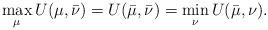
LaTeX: \begin{align*}\max_{\mu} U(\mu,\bar{\nu}) =U(\bar{\mu},\bar{\nu})= \min_\nu U(\bar{\mu},\nu).\end{align*}